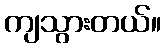
ကျသွားတယ်။